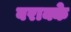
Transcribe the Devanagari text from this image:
बराक्के